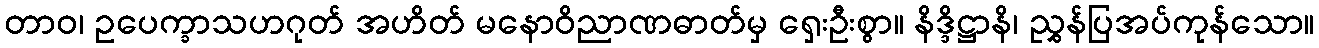
တာဝ၊ ဥပေက္ခာသဟဂုတ် အဟိတ် မနောဝိညာဏဓာတ်မှ ရှေးဦးစွာ။ နိဒ္ဒိဋ္ဌာနိ၊ ညွှန်ပြအပ်ကုန်သော။